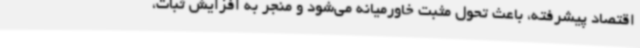
اقتصاد پیشرفته، باعث تحول مثبت خاورمیانه می‌شود و منجر به افزایش ثبات،